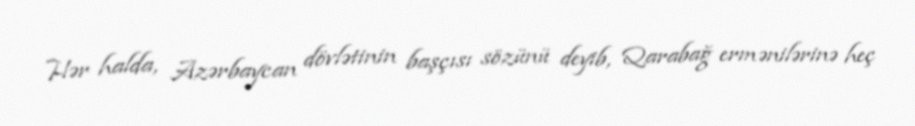
Hər halda, Azərbaycan dövlətinin başçısı sözünü deyib, Qarabağ ermənilərinə heç